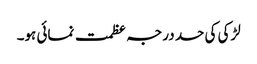
لڑکی کی حد درجہ عظمت نمائی ہو۔